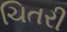
ચિતરી